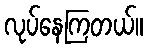
လုပ်နေကြတယ်။